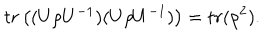
LaTeX: t r \left( ( U \rho U ^ { - 1 } ) ( U \rho U ^ { - 1 } ) \right) = t r ( \rho ^ { 2 } ) .